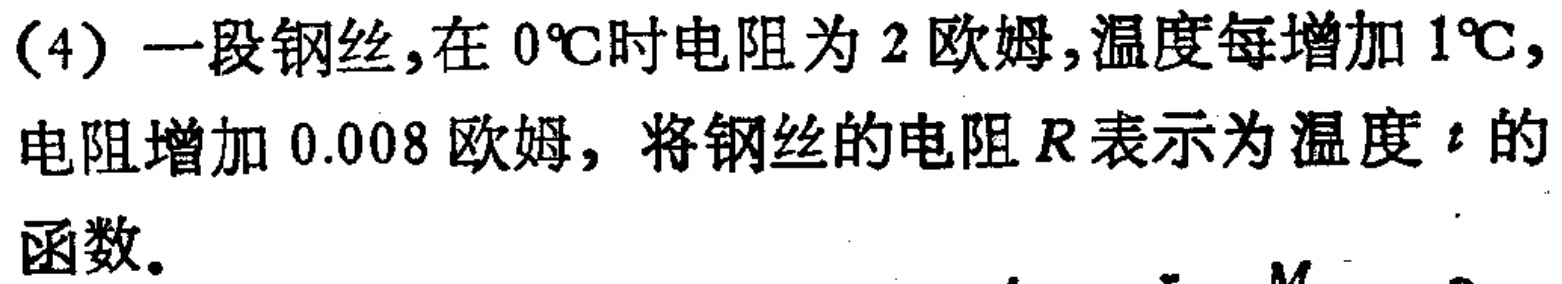
(4) 一段钢丝，在 \(0^{\circ}C\) 时电阻为 \(2\) 欧姆，温度每增加 \(1^{\circ}C\)，电阻增加 \(0.008\) 欧姆，将钢丝的电阻 \(R\) 表示为温度 \(t\) 的函数。